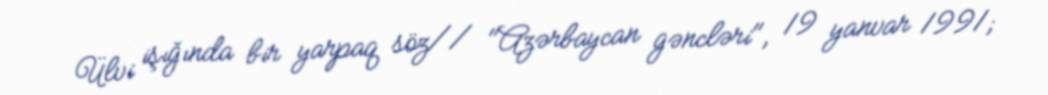
Ülvi işığında bir yarpaq söz// "Azərbaycan gəncləri", 19 yanvar 1991;